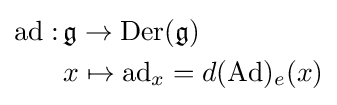
{\begin{aligned}\mathrm {ad} :&\,{\mathfrak {g}}\to \mathrm {Der} ({\mathfrak {g}})\\&\,x\mapsto \operatorname {ad} _{x}=d(\operatorname {Ad} )_{e}(x)\end{aligned}}